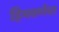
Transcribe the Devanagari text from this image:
हिमवर्णचा